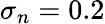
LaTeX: \sigma_{n}=0.2